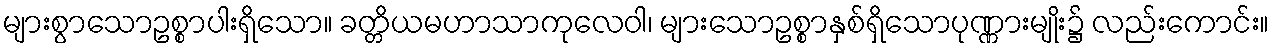
များစွာသောဥစ္စာပါးရှိသော။ ခတ္တိယမဟာသာကုလေဝါ၊ များသောဥစ္စာနှစ်ရှိသောပုဏ္ဏားမျိုး၌ လည်းကောင်း။